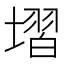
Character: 𡏽